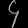
Digit: ၄